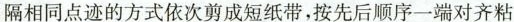
隔相同点迹的方式依次剪成短纸带，按先后顺序一端对齐